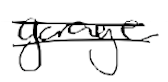
Text: garage
Cross-out: double-line
Writing tool: digital_black